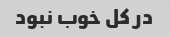
در کل خوب نبود